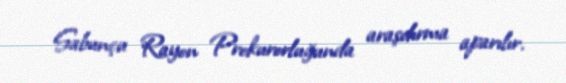
Sabunçu Rayon Prokurorluğunda araşdırma aparılır.